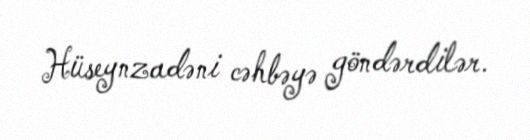
Hüseynzadəni cəhbəyə göndərdilər.